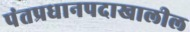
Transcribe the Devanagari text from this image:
पंतप्रधानपदाखालील